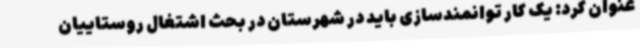
عنوان کرد: یک کار توانمندسازی باید در شهرستان در بحث اشتغال روستاییان